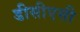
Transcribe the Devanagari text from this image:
डीसीएसी